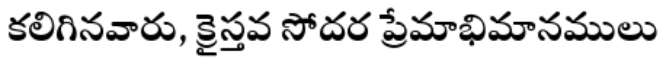
కలిగినవారు, క్రైస్తవ సోదర ప్రేమాభిమానములు